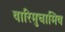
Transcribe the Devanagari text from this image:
वारिमुचामिव